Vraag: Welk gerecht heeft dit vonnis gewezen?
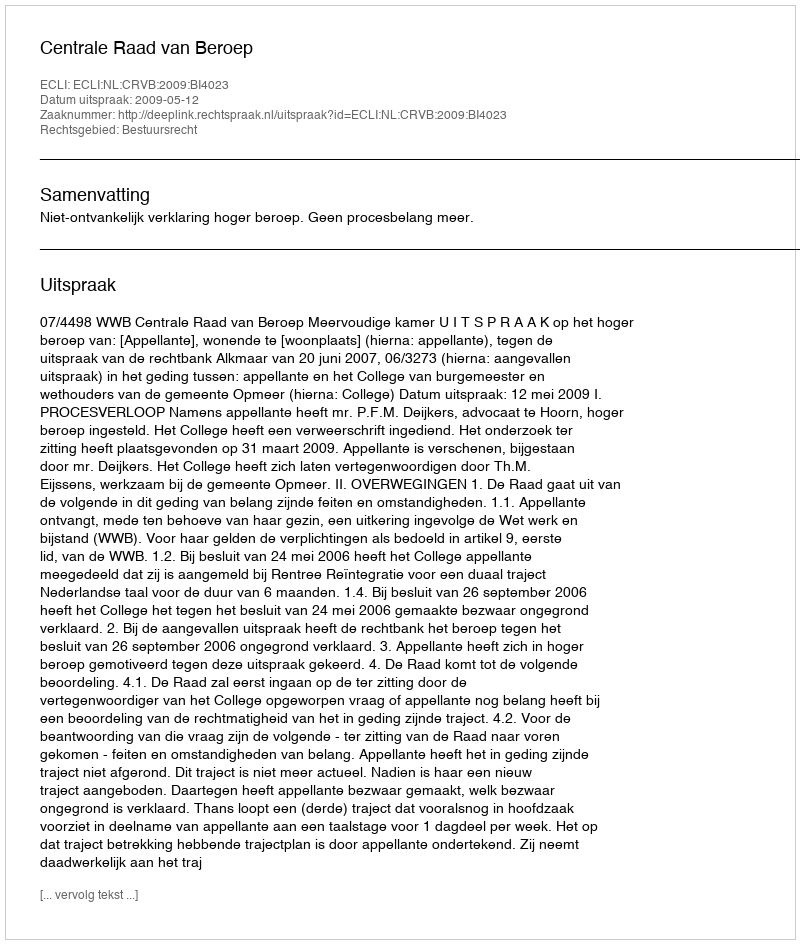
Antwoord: Centrale Raad van Beroep